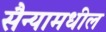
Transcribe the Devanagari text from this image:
सैन्यामधील